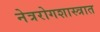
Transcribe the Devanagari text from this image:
नेत्ररोगशास्त्रात